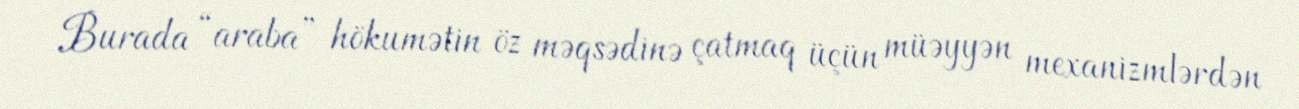
Burada “araba” hökumətin öz məqsədinə çatmaq üçün müəyyən mexanizmlərdən